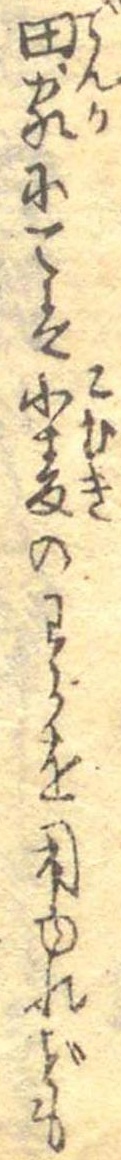
田家にては小麦のわらを用ゆれども